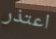
اعتذر